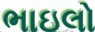
ભાઇલો